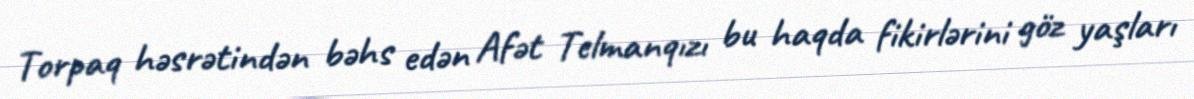
Torpaq həsrətindən bəhs edən Afət Telmanqızı bu haqda fikirlərini göz yaşları